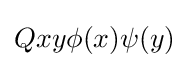
Qxy\phi (x)\psi (y)